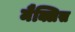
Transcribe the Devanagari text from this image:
मैक्लिस